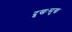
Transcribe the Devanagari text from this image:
दुखःसुख